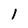
Character: 1